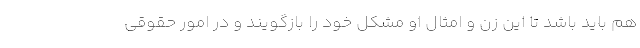
هم باید باشد تا این زن و امثال او مشکل خود را بازگویند و در امور حقوقی